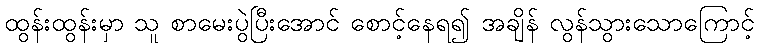
ထွန်းထွန်းမှာ သူ စာမေးပွဲပြီးအောင် စောင့်နေရ၍ အချိန် လွန်သွားသောကြောင့်